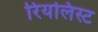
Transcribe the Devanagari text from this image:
रियलिस्ट